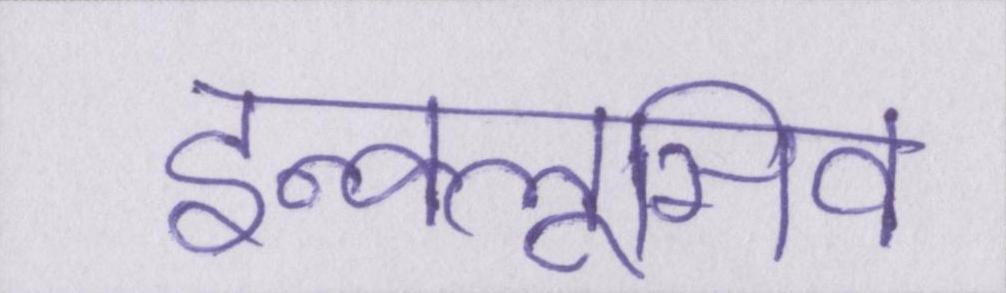
इन्क्लूसिव